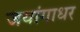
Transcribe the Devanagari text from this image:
जयांगाधर